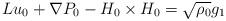
LaTeX: \begin{align*}Lu_0+\nabla P_0- H_0\times H_0=\sqrt{\rho_0} g_1\end{align*}